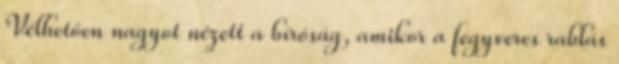
Vélhetően nagyot nézett a bíróság, amikor a fegyveres rablás